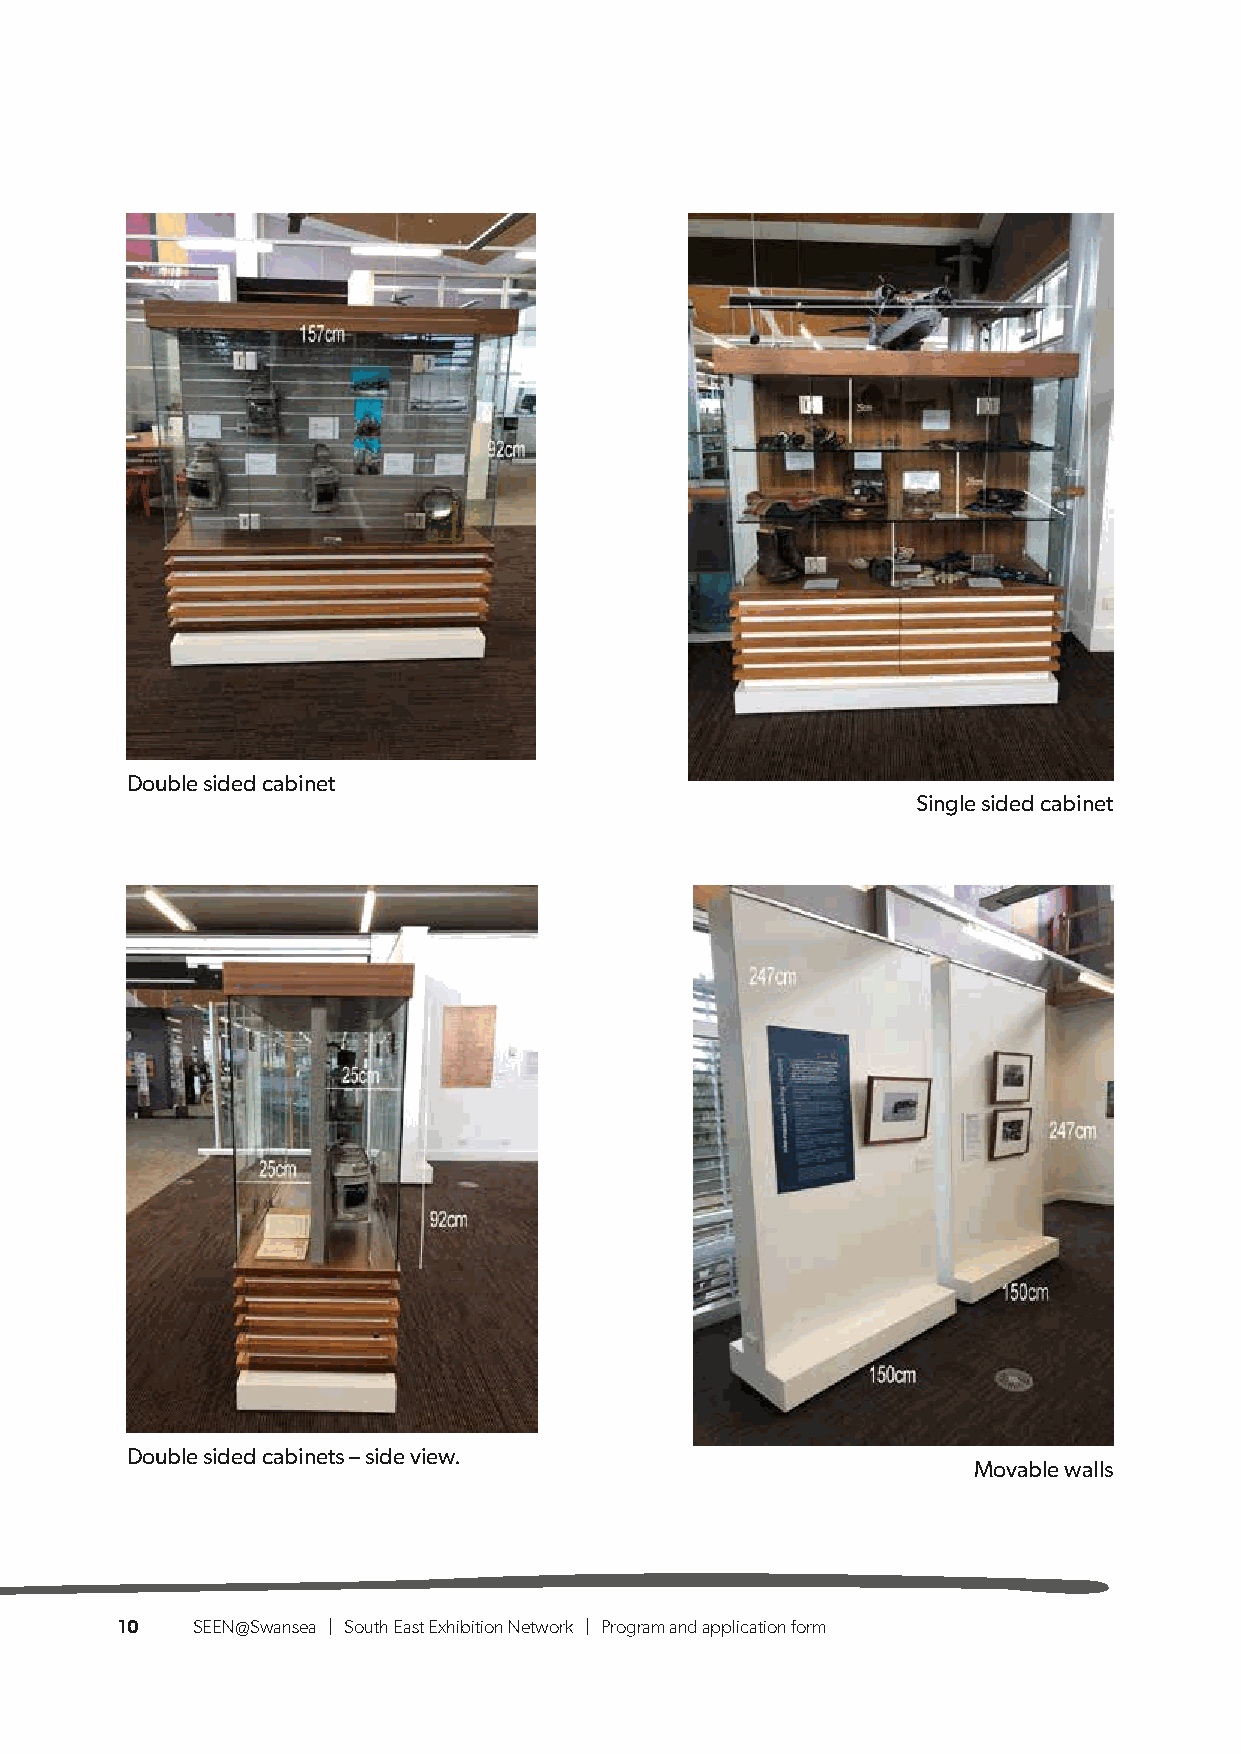
Double sided cabinet
 Single sided cabinet
 Double sided cabinets – side view.
 Movable walls
 10   SEEN@Swansea | South East Exhibition Network | Program and application form